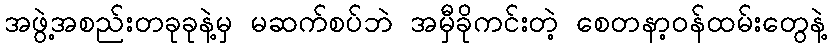
အဖွဲ့အစည်းတခုခုနဲ့မှ မဆက်စပ်ဘဲ အမှီခိုကင်းတဲ့ စေတနာ့ဝန်ထမ်းတွေနဲ့